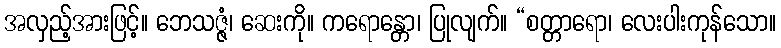
အလှည့်အားဖြင့်။ ဘေသဇ္ဇံ၊ ဆေးကို။ ကရောန္တော၊ ပြုလျက်။ “စတ္တာရော၊ လေးပါးကုန်သော။